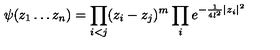
\psi ( z _ { 1 } \ldots z _ { n } ) = \prod _ { i < j } ( z _ { i } - z _ { j } ) ^ { m } \prod _ { i } e ^ { - \frac { 1 } { 4 l ^ { 2 } } | z _ { i } | ^ { 2 } }